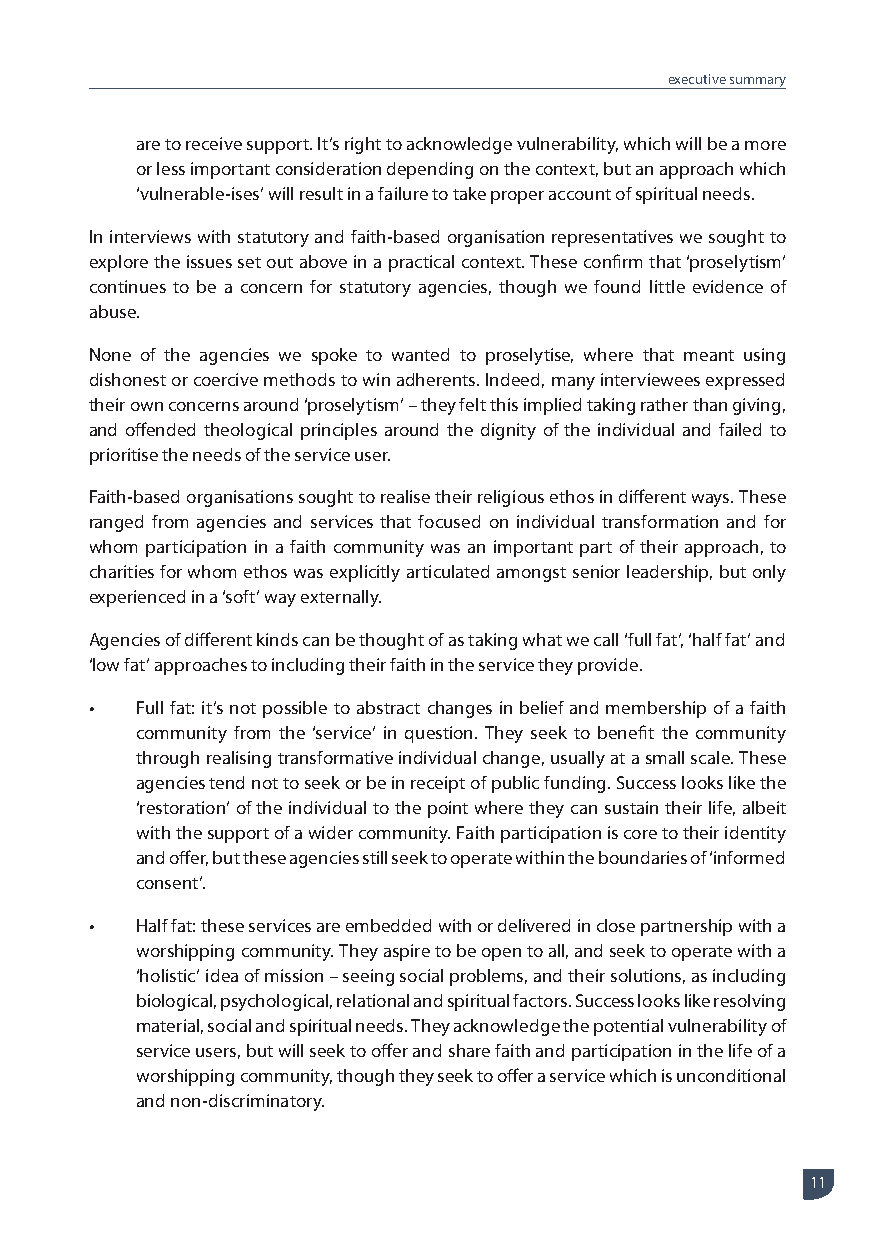
executive summary
 are to receive support. It’s right to acknowledge vulnerability, which will be a more
 or less important consideration depending on the context, but an approach which
 ‘vulnerable-ises’ will result in a failure to take proper account of spiritual needs.
 In interviews with statutory and faith-based organisation representatives we sought to
 explore the issues set out above in a practical context. These confirm that ‘proselytism’
 continues to be a concern for statutory agencies, though we found little evidence of
 abuse.
 None of the agencies we spoke to wanted to proselytise, where that meant using
 dishonest or coercive methods to win adherents. Indeed, many interviewees expressed
 their own concerns around ‘proselytism’ – they felt this implied taking rather than giving,
 and offended theological principles around the dignity of the individual and failed to
 prioritise the needs of the service user.
 Faith-based organisations sought to realise their religious ethos in different ways. These
 ranged from agencies and services that focused on individual transformation and for
 whom participation in a faith community was an important part of their approach, to
 charities for whom ethos was explicitly articulated amongst senior leadership, but only
 experienced in a ‘soft’ way externally.
 Agencies of different kinds can be thought of as taking what we call ‘full fat’, ‘half fat’ and
 ‘low fat’ approaches to including their faith in the service they provide.
 •  Full fat: it’s not possible to abstract changes in belief and membership of a faith
 community from the ‘service’ in question. They seek to benefit the community
 through realising transformative individual change, usually at a small scale. These
 agencies tend not to seek or be in receipt of public funding. Success looks like the
 ‘restoration’ of the individual to the point where they can sustain their life, albeit
 with the support of a wider community. Faith participation is core to their identity
 and offer, but these agencies still seek to operate within the boundaries of ‘informed
 consent’.
 •  Half fat: these services are embedded with or delivered in close partnership with a
 worshipping community. They aspire to be open to all, and seek to operate with a
 ‘holistic’ idea of mission – seeing social problems, and their solutions, as including
 biological, psychological, relational and spiritual factors. Success looks like resolving
 material, social and spiritual needs. They acknowledge the potential vulnerability of
 service users, but will seek to offer and share faith and participation in the life of a
 worshipping community, though they seek to offer a service which is unconditional
 and non-discriminatory.
 11